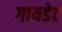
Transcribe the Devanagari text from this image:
गायडेट